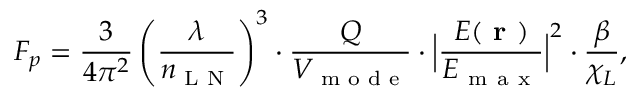
F _ { p } = \frac { 3 } { 4 \pi ^ { 2 } } \left( \frac { \lambda } { n _ { \textrm { L N } } } \right) ^ { 3 } \cdot \frac { Q } { V _ { \textrm { m o d e } } } \cdot \Bigl | \frac { E ( \textbf { r } ) } { E _ { \mathrm { ~ m ~ a ~ x ~ } } } \Bigr | ^ { 2 } \cdot \frac { \beta } { \chi _ { L } } ,